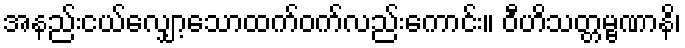
အနည်းငယ်လျှော့သောထက်ဝက်လည်းကောင်း။ ဝီဟိသတ္တမ္ဗဏာနိ၊